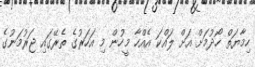
ހިމާޔަތް ހޯދުމަށް އަށް ލައްކަ އެއްހާ މީހުން މި އަހަރުގެ ތެރޭގައި ޖަރުމަނުގެ